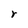
Character: r